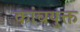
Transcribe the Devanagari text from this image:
कांचयुक्त